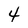
Character: 4